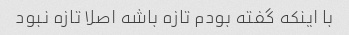
با اینکه گفته بودم تازه باشه اصلا تازه نبود